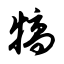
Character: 犒